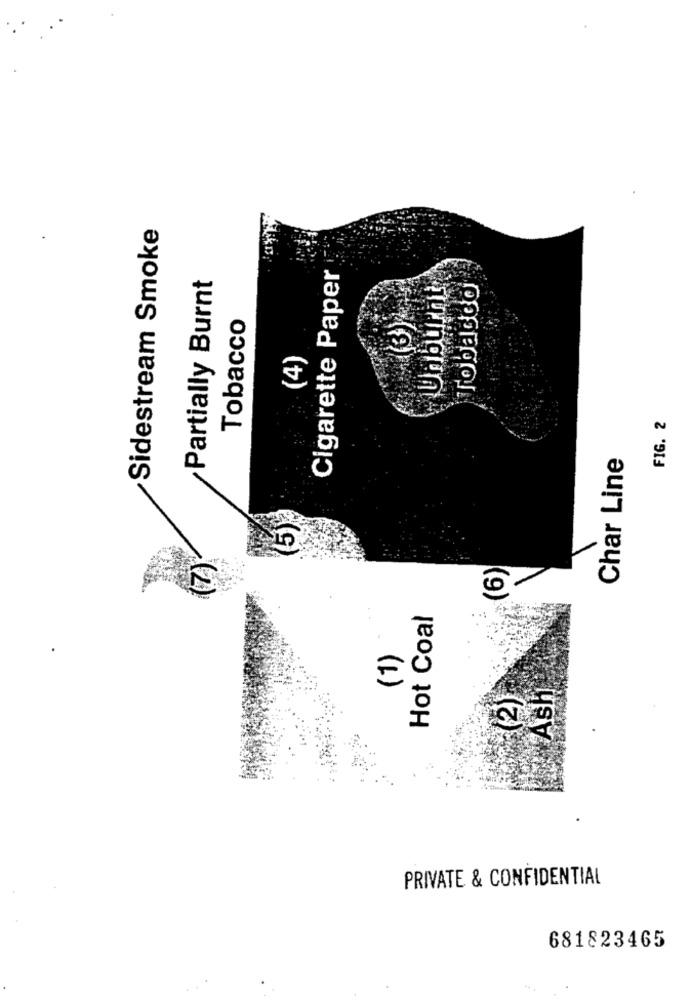
Sidestream Smoke
Partially Burnt
Cigarette Paper
Unburnt
Tobacco
Tobacco
(4)
FIG. 2
Char Line
(7)
(6)
Hot Coal
@Ash
(2)
PRIVATE & CONFIDENTIAL
681823465